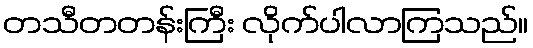
တသီတတန်းကြီး လိုက်ပါလာကြသည်။